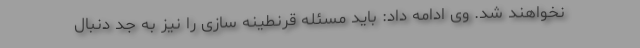
نخواهند شد. وی ادامه داد: باید مسئله قرنطینه سازی را نیز به جد دنبال